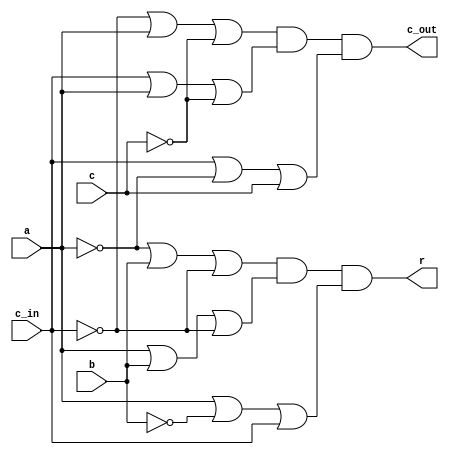
module one_bit_adder (
    input a, b, c, c_in, output r, c_out
);
    assign r = ((~a) | b | (~c_in)) & ( a | b | (~c_in)) & ( a | (~b) | c_in);
    assign c_out = ((~c_in) | a | (~c)) & (c_in | a | (~c)) & ( c_in | (~a) | c);

endmodule

module eight_bit_adder(
    input wire [7:0] a, b, c,  input wire [1:0] opcode,
    output wire [7:0] r, output wire c_out
);

    wire [7:0] carry;

    one_bit_adder adder0 (a[0]^(opcode[0] & ~opcode[1]), b[0]^(~opcode[0] & opcode[1]), c[0]^(opcode[0] & opcode[1]), opcode[0] | opcode[1], r[0], carry[0]);
    one_bit_adder adder1 (a[1]^(opcode[0] & ~opcode[1]), b[1]^(~opcode[0] & opcode[1]), c[1]^(opcode[0] & opcode[1]), carry[0], r[1], carry[1]);
    one_bit_adder adder2 (a[2]^(opcode[0] & ~opcode[1]), b[2]^(~opcode[0] & opcode[1]), c[2]^(opcode[0] & opcode[1]), carry[1], r[2], carry[2]);
    one_bit_adder adder3 (a[3]^(opcode[0] & ~opcode[1]), b[3]^(~opcode[0] & opcode[1]), c[3]^(opcode[0] & opcode[1]), carry[2], r[3], carry[3]);
    one_bit_adder adder4 (a[4]^(opcode[0] & ~opcode[1]), b[4]^(~opcode[0] & opcode[1]), c[4]^(opcode[0] & opcode[1]), carry[3], r[4], carry[4]);
    one_bit_adder adder5 (a[5]^(opcode[0] & ~opcode[1]), b[5]^(~opcode[0] & opcode[1]), c[5]^(opcode[0] & opcode[1]), carry[4], r[5], carry[5]);
    one_bit_adder adder6 (a[6]^(opcode[0] & ~opcode[1]), b[6]^(~opcode[0] & opcode[1]), c[6]^(opcode[0] & opcode[1]), carry[5], r[6], carry[6]);
    one_bit_adder adder7 (a[7]^(opcode[0] & ~opcode[1]), b[7]^(~opcode[0] & opcode[1]), c[7]^(opcode[0] & opcode[1]), carry[6], r[7], carry[7]);
    assign c_out = carry[7];


endmodule

module tb;

    reg [7:0] A, B, C;
    reg [1:0] opcode;
    wire [7:0] R;
    wire C_out;

    eight_bit_adder adder(A, B, C, opcode, R, C_out);

    initial begin
        A = 0;
        B = 0;
        C = 0;
        opcode = 0;
        #2;

        $monitor("A = %d, B = %d, C = %d, opcode = %b, R = %d, C = %d", A, B, C, opcode, R, C_out);
        
        repeat(20) begin
            A = $random;
            B = $random;
            C = $random;
            opcode = $random;
            #15;
        end

    end
    
endmodule